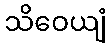
သိဝေယျံ